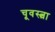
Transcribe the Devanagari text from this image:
चूवस्त्वा